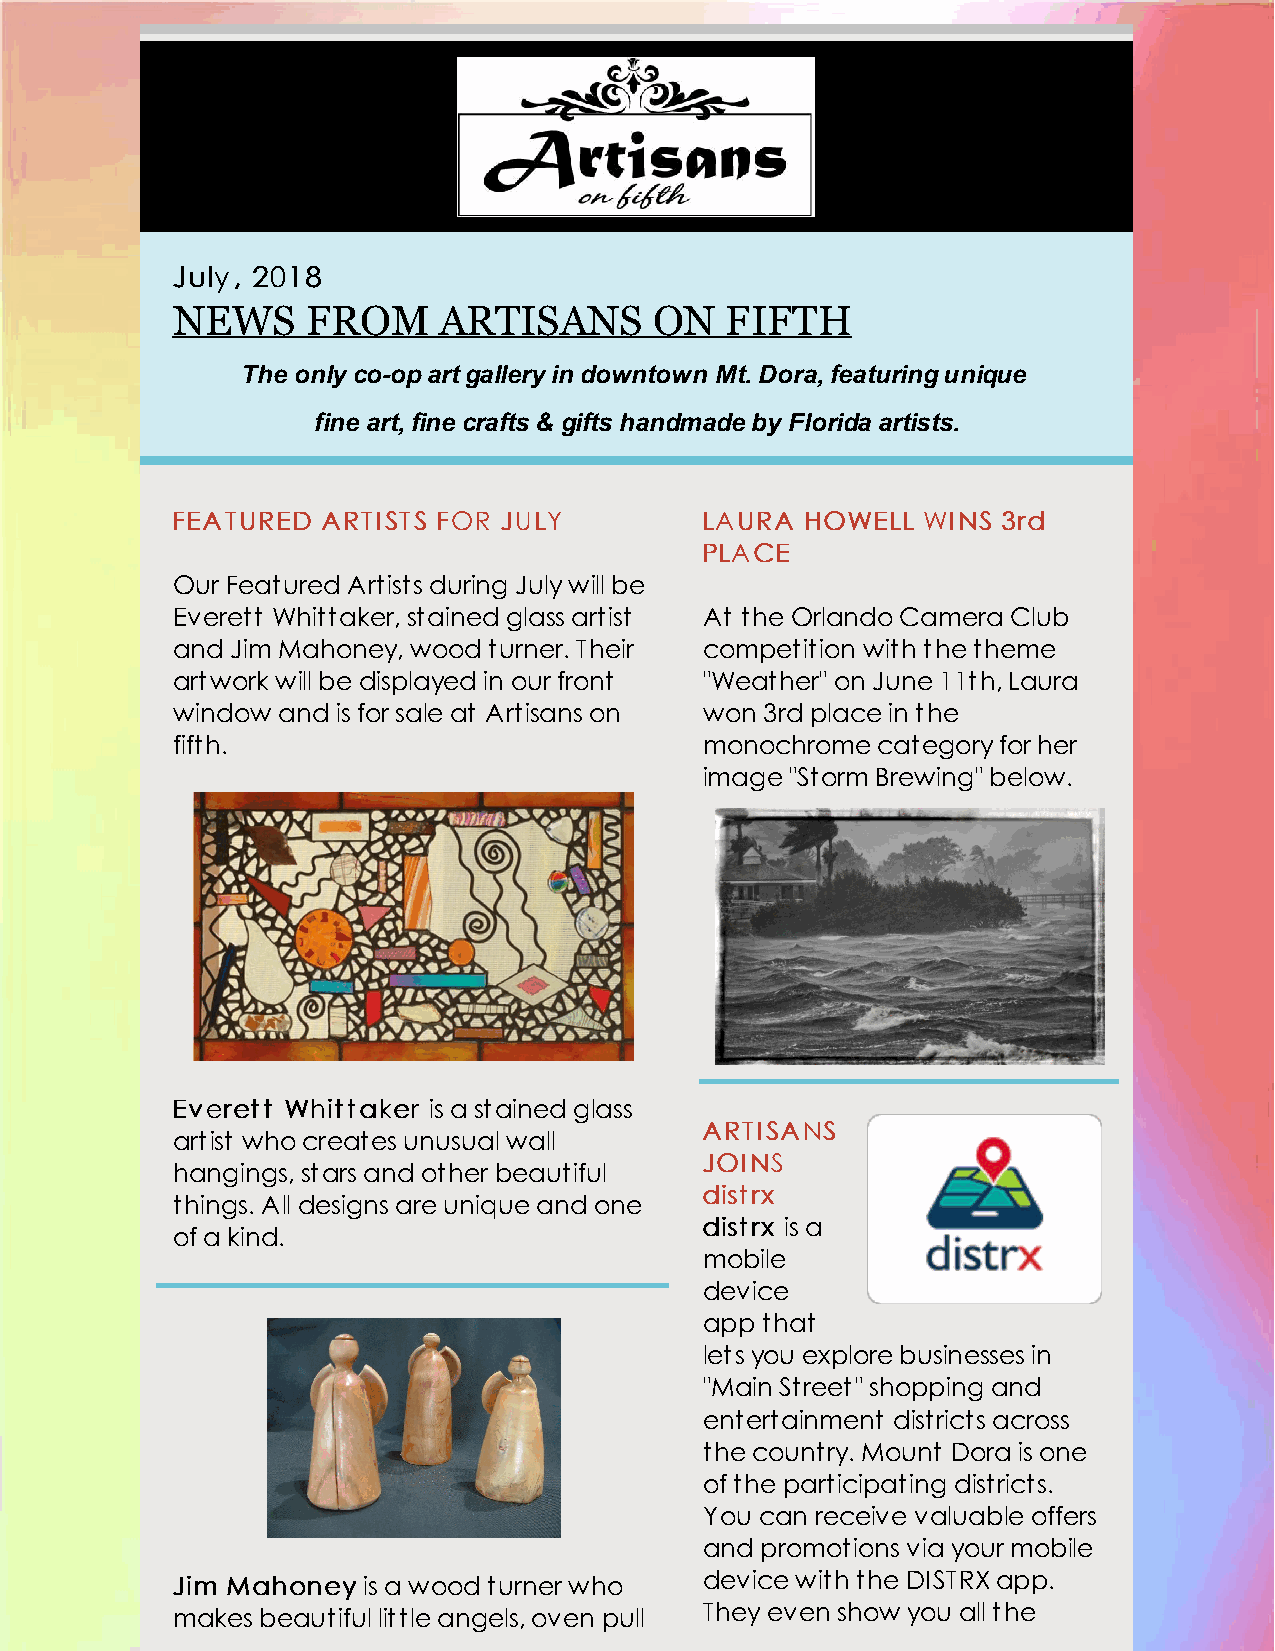
JJuullyy,, 22001188
 NEWS     FROM     ARTISANS      ON   FIFTH
 The only co-op art gallery in downtown Mt. Dora, featuring unique
 fine art, fine crafts & gifts handmade by Florida artists.
 FFEEAATTUURREEDD AARRTTIISSTTSS FFOORR JJUULLYY LLAAUURRAA HHOOWWEELLLL WWIINNSS 33rrdd
 PPLLAACCEE
 Our Featured Artists during July will be
 Everett Whittaker, stained glass artist At the Orlando Camera Club
 and Jim Mahoney, wood turner. Their competition with the theme
 artwork will be displayed in our front "Weather" on June 11th, Laura
 window and is for sale at Artisans on won 3rd place in the
 fifth.                              monochrome category for her
 image "Storm Brewing" below.
 EEvveerreetttt WWhhiittttaakkeerr is a stained glass
 AARRTTIISSAANNSS
 artist who creates unusual wall
 JJOOIINNSS
 hangings, stars and other beautiful
 ddiissttrrxx
 things. All designs are unique and one
 ddiissttrrxx is a
 of a kind.
 mobile
 device
 app that
 lets you explore businesses in
 "Main Street" shopping and
 entertainment districts across
 the country. Mount Dora is one
 of the participating districts.
 You can receive valuable offers
 and promotions via your mobile
 device with the DISTRX app.
 JJiimm MMaahhoonneeyy is a wood turner who
 They even show you all the
 makes beautiful little angels, oven pull